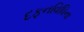
દફનવિધિના